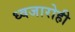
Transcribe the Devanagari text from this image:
ध्वजारोही